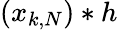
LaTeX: (x_{k,N})*h